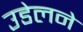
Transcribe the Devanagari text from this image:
उडेलने